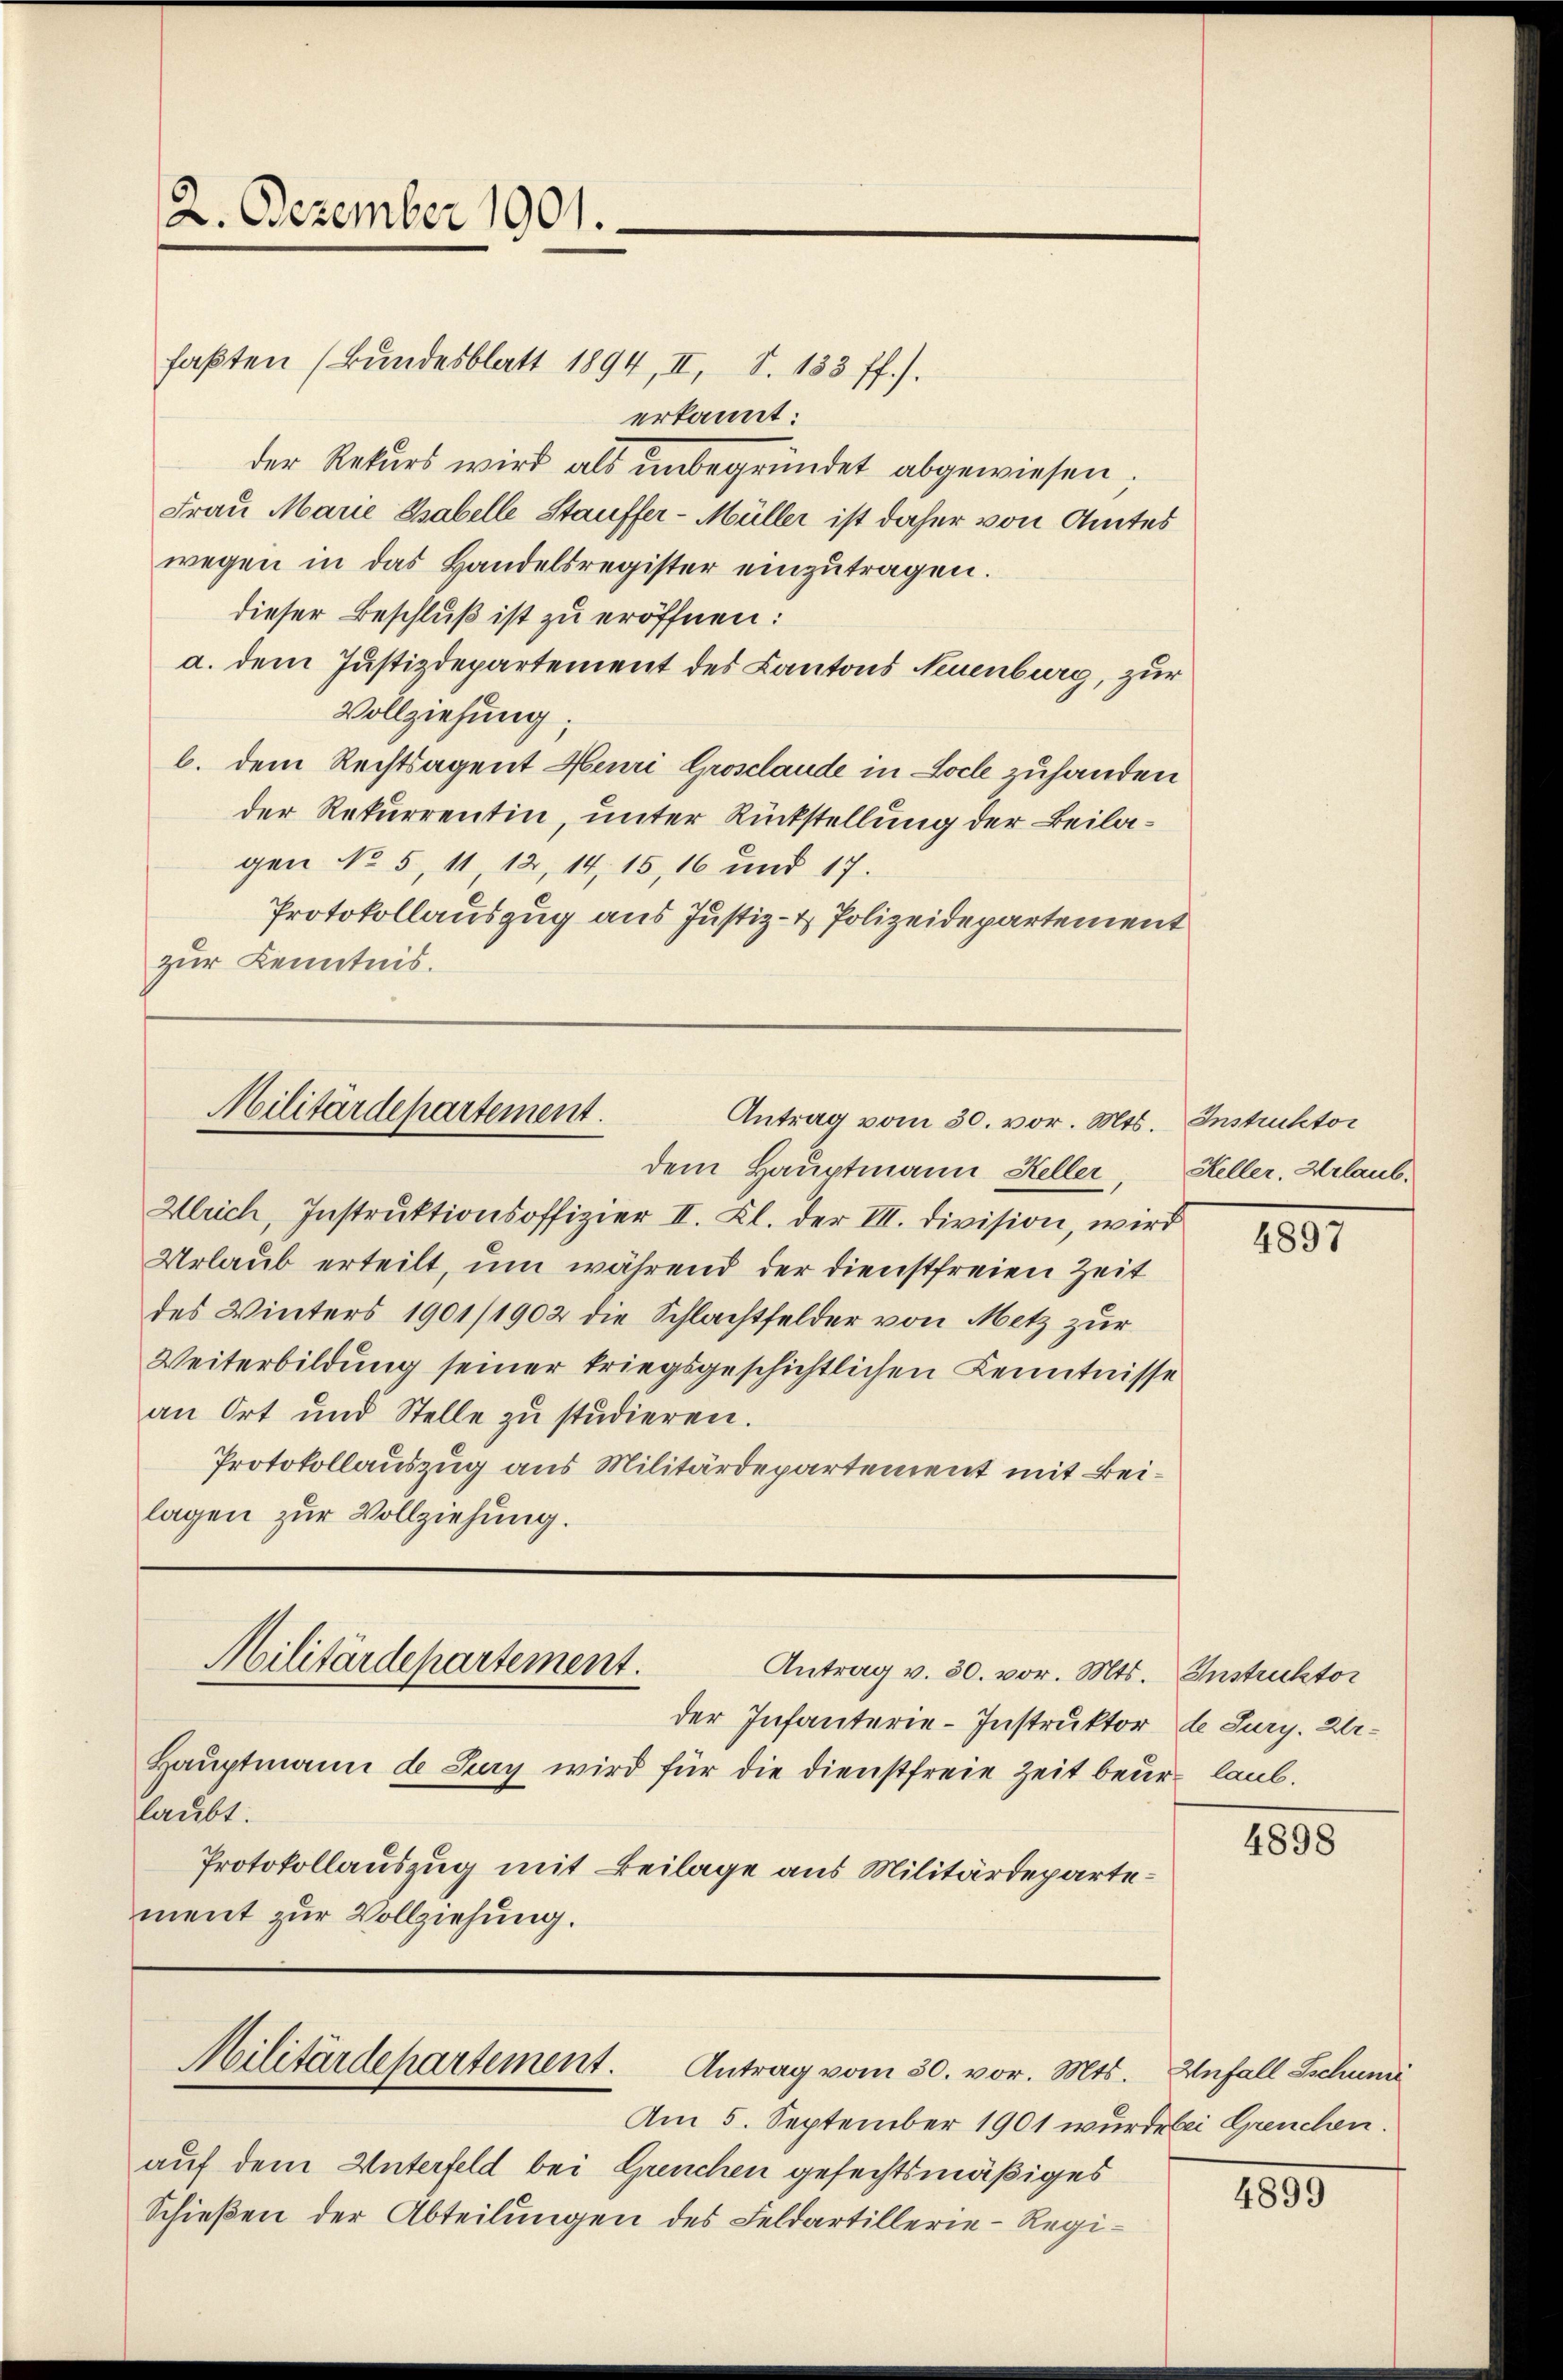
2. Dezember 1901.

faβten (Bundesblatt 1894, II, S. 183 ff.).
erkannt:
der Rekurs wird als unbegründet abgewiesen.
Frau Marie Gabelle Stauffer - Müller ist daher von Amtes
wegen in das Handelsregister einzŭtragen.
dieser Beschluß ist zu eröffnen:
a. dem Justizdepartement des Kantons Neuenburg, zur
Vollziehung;
b. dem Rechtsagent Heuri Grosclaude in Loche zuhanden
der Rekurrentin, unter Rückstellung der Beilagen No 5, 11, 12, 14, 15, 16 und 17.
Protokollauszug aus Justiz- & Polizeidepartement
zur Kenntnis.

Militärdepartement.
Antrag vom 30. vor. Mts. Instruktor
dem Hauptmann Keller,

Wlrich, Instruktionsoffizier II. Kl. der III. Division, wird
Urlaub erteilt, um während der dienstfreien Zeit
des Winters 1901/1902 die Schlachtfelder von Metz zur
Weiterbildung seiner kriegsgeschichtlichen Kenntnisse
an Ort und Stelle zŭ studieren.
Protokollauszug aus Militärdepartement mit Beilagen zur Vollziehung.
Militärdepartement.
Antrag v. 30. vor. Mts. Instruktor
der Infanterie-Instruktor de Jury. Ur¬
Hauptmann de Sey wird für die Dienstfreie Zeit beurlaub.
laubt.
Protokollauszug mit Beilage aus Militärdepartement zur Vollziehung.

Militärdepartement. Antrag vom 30. vor. Mts.

Am 5. September 1901 wurde bei Greuchen.
auf dem Unterfeld bei Greuchen gefechtsmäßiges
Schießen der Abteilungen des Feldartillerie-Regi¬

Heller, Urlaub.

4897

4898

Unfall Schumi

4899